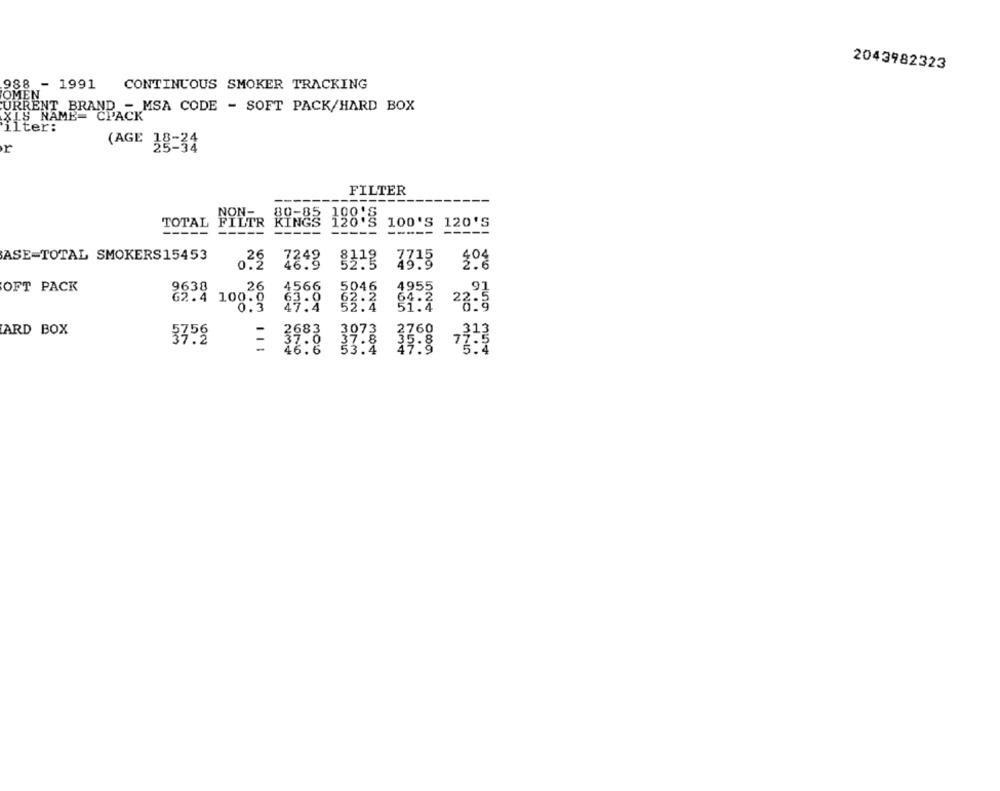
2043982323
988 - 1991
CONTINUOUS SMOKER TRACKING
OMEN
CURRENT BRAND - MSA CODE - SOFT PACK/HARD BOX
XLS NAME= CPACK
ilter:
r
(AGE 38-34
FILTER
INGS 120.5
TOTAL
100'S 120'S
-----
-----
-----
ASE-TOTAL SMOKERS15453
.22
7243
OFT PACK
9638
26
4566
5046
4955
62.4 100.0
8:9
83.2 81.3 23 3
27:4
ARD BOX
3752
2683 3073